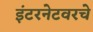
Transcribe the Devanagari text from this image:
इंटरनेटवरचे